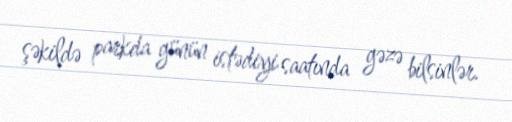
şəkildə parkda günün istədiyi saatında gəzə bilsinlər.